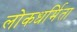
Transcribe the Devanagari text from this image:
लोकधर्मिता